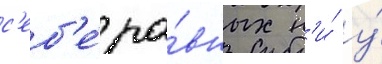
с'еб'е́ ра́вных н'и́ у́